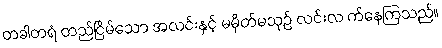
တခါတရံ တည်ငြိမ်သော အလင်းနှင့် မမှိတ်မသုဉ် လင်းလ က်နေကြသည်။